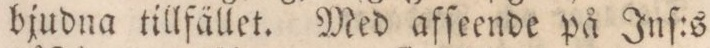
bjudna tillfället. Med afſeende på Inſ:s